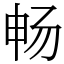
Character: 畅